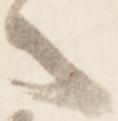
者